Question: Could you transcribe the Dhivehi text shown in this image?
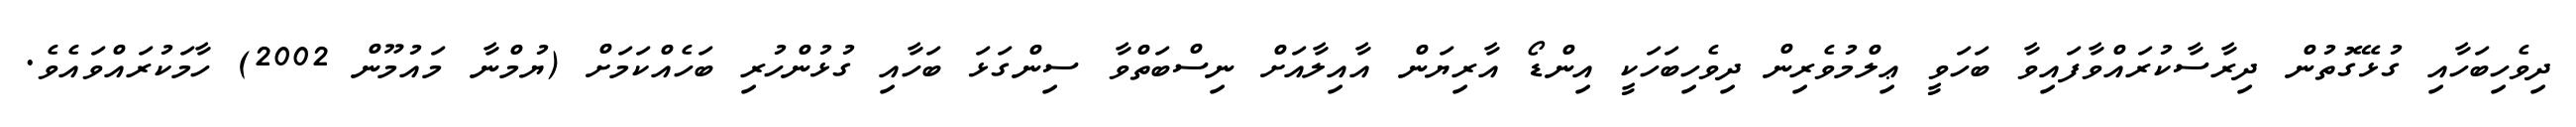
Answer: ދިވެހިބަހާއި ގުޅޭގޮތުން ދިރާސާކުރައްވާފައިވާ ބަހަވީ ޢިލްމުވެރިން ދިވެހިބަހަކީ އިންޑޯ އާރިޔަން އާއިލާއަށް ނިސްބަތްވާ ސިންގަޅަ ބަހާއި ގުޅުންހުރި ބަހެއްކަމަށް (ޔުމްނާ މައުމޫން 2002) ހާމަކުރައްވައެވެ.